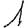
Digit: 1